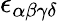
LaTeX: \epsilon_{\alpha\beta\gamma\delta}